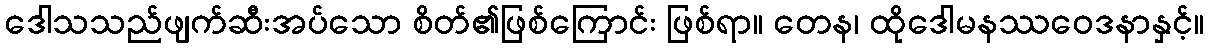
ဒေါသသည်ဖျက်ဆီးအပ်သော စိတ်၏ဖြစ်ကြောင်း ဖြစ်ရာ။ တေန၊ ထိုဒေါမနဿဝေဒနာနှင့်။